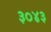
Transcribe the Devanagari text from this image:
३०४३